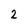
Character: 2